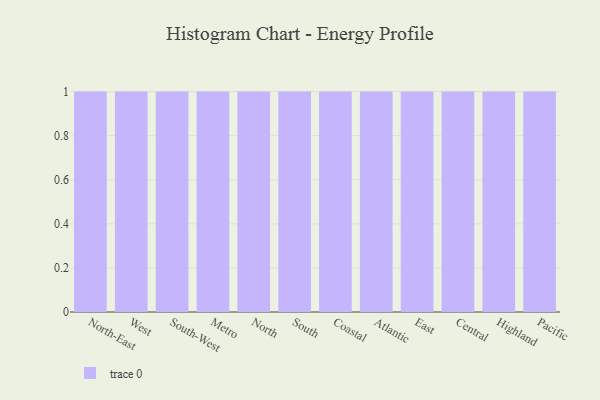
{"axis": {"x": "Region", "y": "Net Income (USD K)"}, "legend": [""], "data": [{"x": "North-East", "y": 8, "type": ""}, {"x": "West", "y": 54, "type": ""}, {"x": "South-West", "y": 67, "type": ""}, {"x": "Metro", "y": 74, "type": ""}, {"x": "North", "y": 21, "type": ""}, {"x": "South", "y": 25, "type": ""}, {"x": "Coastal", "y": 25, "type": ""}, {"x": "Atlantic", "y": 87, "type": ""}, {"x": "East", "y": 42, "type": ""}, {"x": "Central", "y": 75, "type": ""}, {"x": "Highland", "y": 43, "type": ""}, {"x": "Pacific", "y": 4, "type": ""}]}